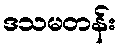
ဒသမတန်း